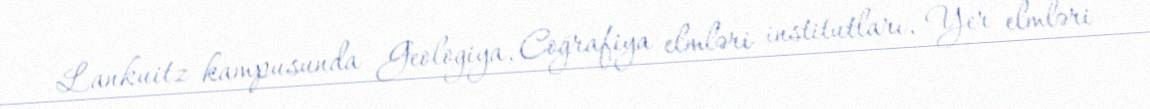
Lankuitz kampusunda Geologiya, Coğrafiya elmləri institutları, Yer elmləri